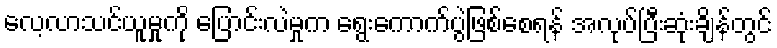
လေ့လာသင်ယူမှုကို ပြောင်းလဲမှုက ရွေးကောက်ပွဲဖြစ်စေရန် အလုပ်ပြီးဆုံးချိန်တွင်